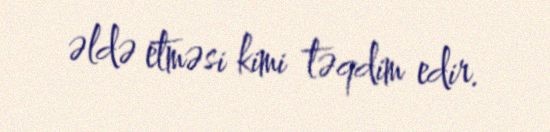
əldə etməsi kimi təqdim edir.